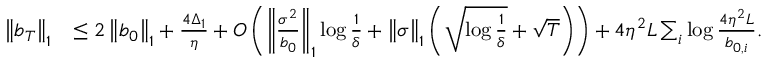
\begin{array} { r l } { \left\Vert b _ { T } \right\Vert _ { 1 } } & { \leq 2 \left\Vert b _ { 0 } \right\Vert _ { 1 } + \frac { 4 \Delta _ { 1 } } { \eta } + O \left( \left\Vert \frac { \sigma ^ { 2 } } { b _ { 0 } } \right\Vert _ { 1 } \log \frac { 1 } { \delta } + \left\Vert \sigma \right\Vert _ { 1 } \left( \sqrt { \log \frac { 1 } { \delta } } + \sqrt { T } \right) \right) + 4 \eta ^ { 2 } L \sum _ { i } \log \frac { 4 \eta ^ { 2 } L } { b _ { 0 , i } } . } \end{array}